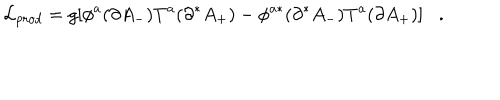
{ \cal L } _ { p r o d } = g [ \phi ^ { a } ( \partial A _ { - } ) T ^ { a } ( \partial ^ { * } A _ { + } ) - \phi ^ { a * } ( \partial ^ { * } A _ { - } ) T ^ { a } ( \partial A _ { + } ) ] .